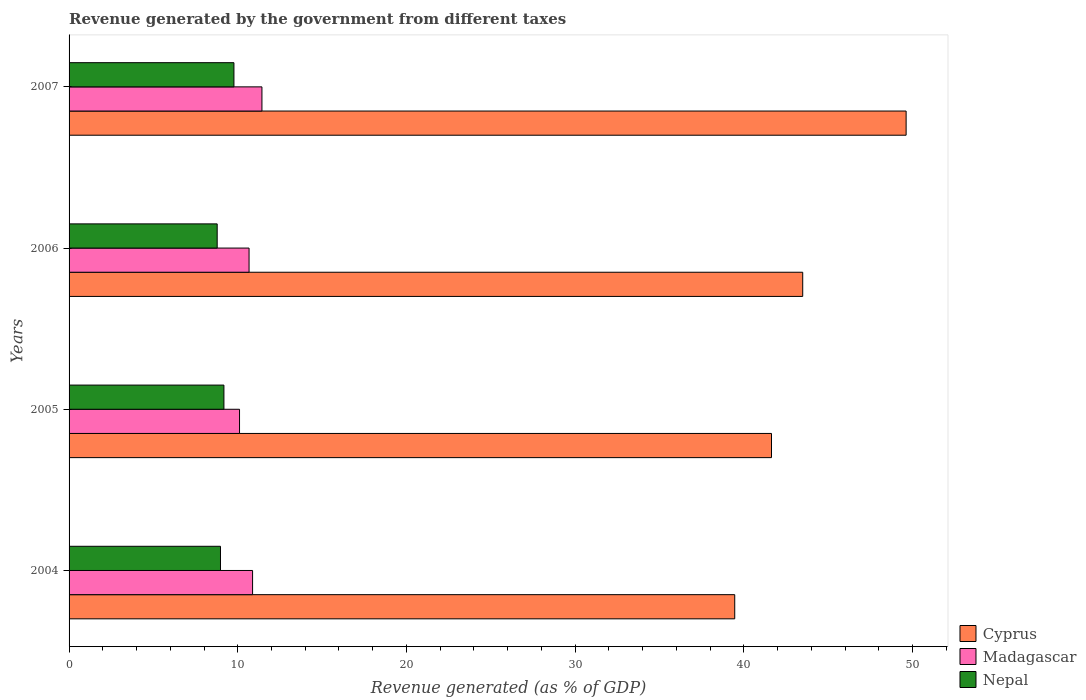
| Years | Cyprus | Madagascar | Nepal |
 | --- | --- | --- | --- |
 | 2004 | 39.5 | 10.9 | 8.97 |
 | 2005 | 41.6 | 10.1 | 9.18 |
 | 2006 | 43.5 | 10.7 | 8.78 |
 | 2007 | 49.6 | 11.4 | 9.77 |